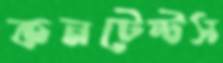
কনটেন্টস